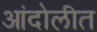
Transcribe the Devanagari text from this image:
आंदोलीत